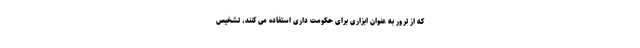
که از ترور به عنوان ابزاری برای حکومت داری استفاده می کنند، تشخیص